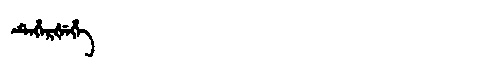
Manchu: ᡨᡝᡥᡝᡵᡧᡝᡥᡝ
Romanization: TEHERŠEHE